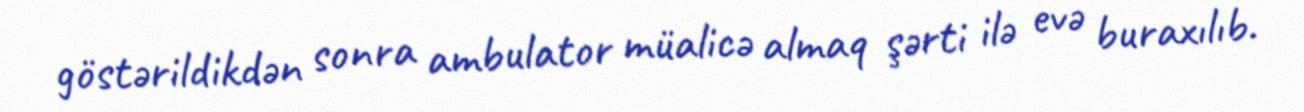
göstərildikdən sonra ambulator müalicə almaq şərti ilə evə buraxılıb.